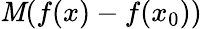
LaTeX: \mathit{M}(f(x)-f(x_{0}))